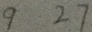
9 2 7